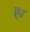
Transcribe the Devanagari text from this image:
ऎच